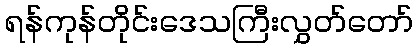
ရန်ကုန်တိုင်းဒေသကြီးလွှတ်တော်